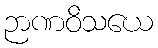
ဉာဏဝိသယေ